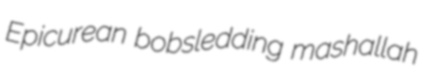
Epicurean bobsledding mashallah